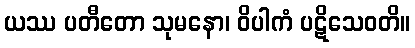
ယဿ ပတီတော သုမနော၊ ဝိပါကံ ပဋိသေဝတိ။